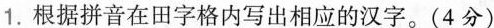
1. 根据拼音在田字格内写出相应的汉字。(4分)